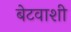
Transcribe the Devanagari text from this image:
बेटवाशी